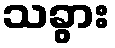
သခွား